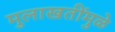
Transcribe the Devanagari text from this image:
मुलाखतींमुळे